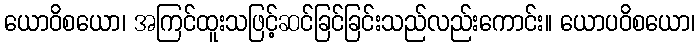
ယောဝိစယော၊ အကြင်ထူးသဖြင့်ဆင်ခြင်ခြင်းသည်လည်းကောင်း။ ယောပဝိစယော၊